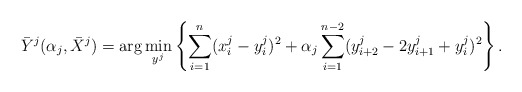
\begin{align*}\bar{Y}^j( \alpha_j, \bar{X}^j) =\arg \min_{y^j} \left\{ \sum_{i=1}^n(x_i^j-y_i^j)^2+\alpha_j\sum_{i=1}^{n-2}( y_{i+2}^{ j}-2 y_{i+1}^{j}+ y_i^{j})^2\right\}.\end{align*}